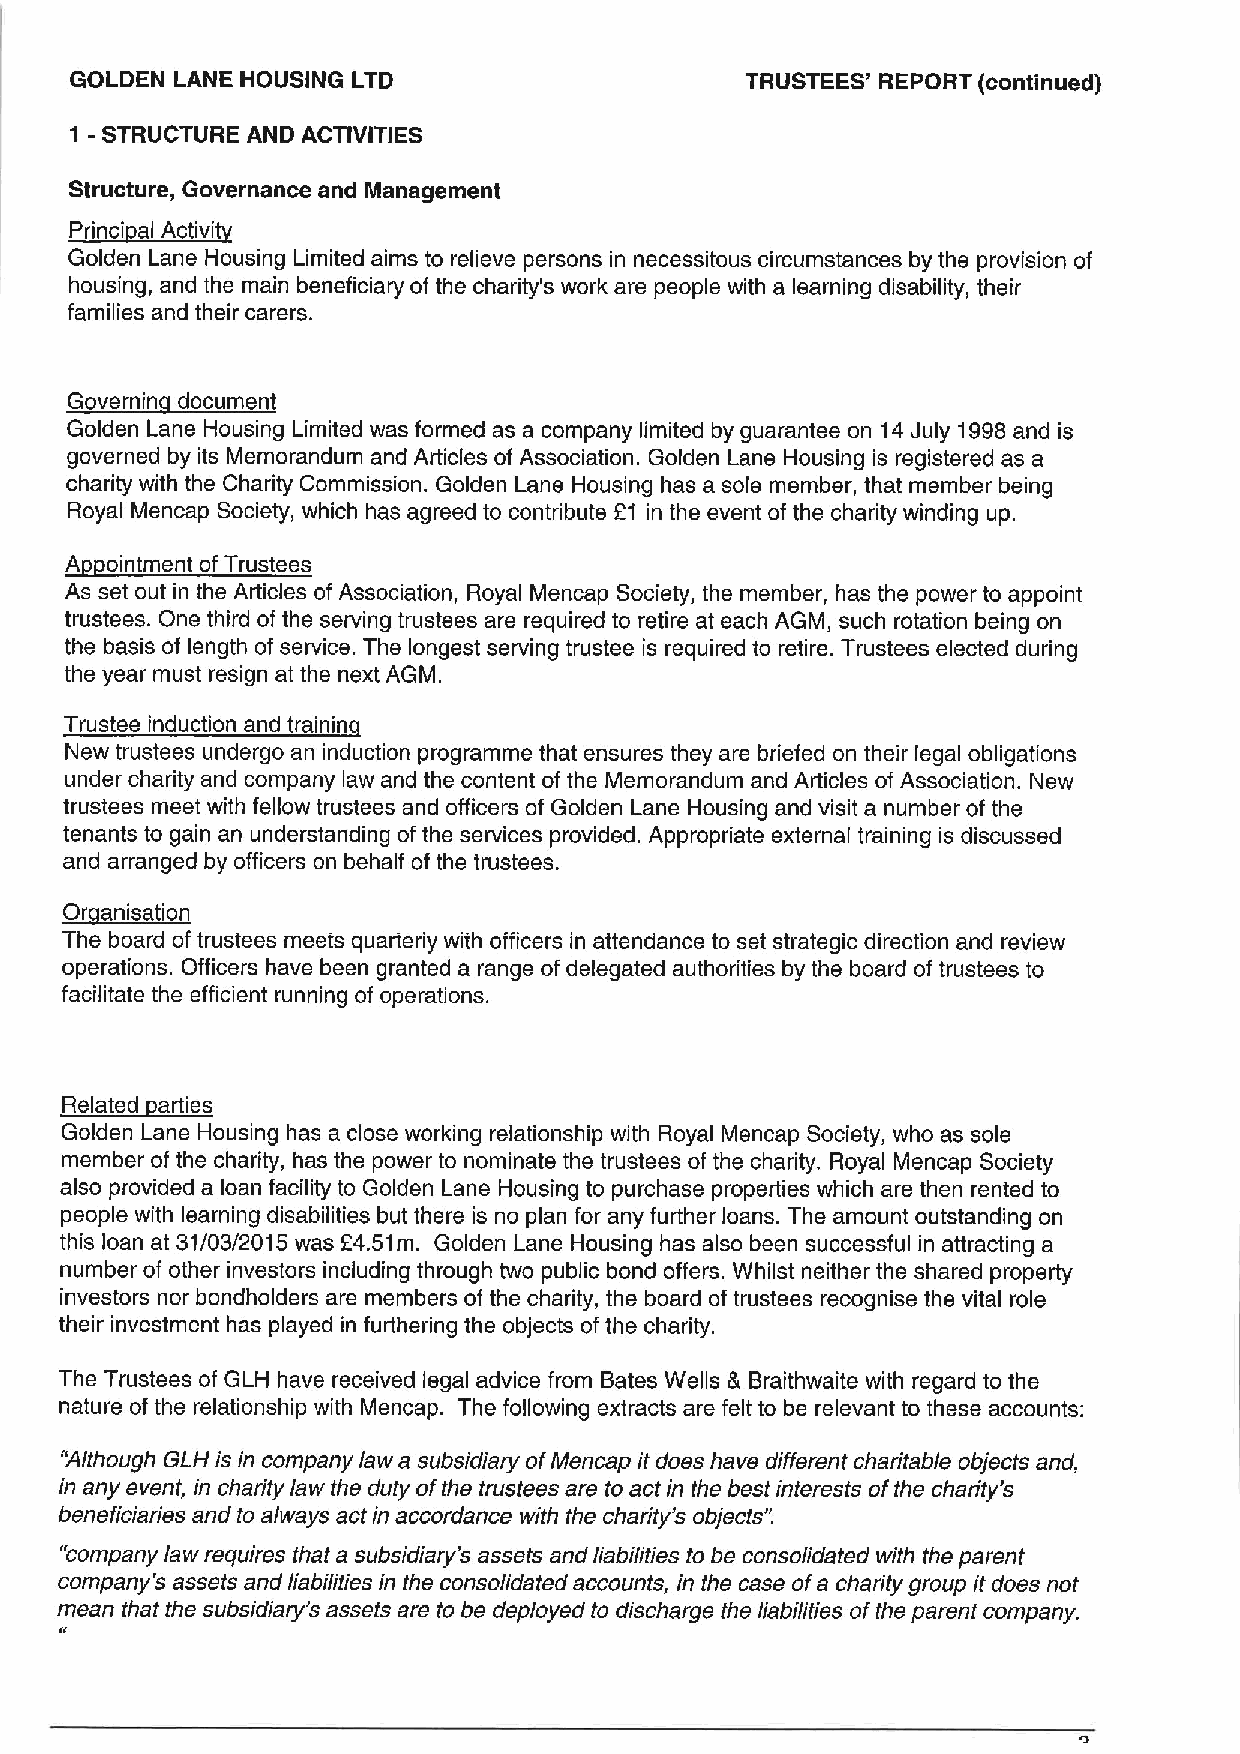
GOLDEN LANE HOUSING LTD                     TRUSTEES' REPORT (continued)
 1 - STRUCTURE AND ACTIVITIES
 Structure, Governance and Management
 ~Pi t I Act t
 Golden Lane Housing Limited aims to relieve persons in necessitous circumstances by the provision of
 housing, and the main beneficiary of the charity's work are people with a learning disability, their
 families and their carers.
 Governin document
 Golden Lane Housing Limited was formed as a company limited by guarantee on 14July 1998and is
 governed by its Memorandum and Articles of Association. Golden Lane Housing is registered as a
 charity with the Charity Commission. Golden Lane Housing has a sole member, that member being
 Royal Mencap Society, which has agreed to contribute f1 in the event of the charity winding up.
 A  ointment of Trustees
 As set out in the Articles ofAssociation, Royal Mencap Society, the member, has the power to appoint
 trustees. One third of the serving trustees are required to retire at each AGM, such rotation being on
 the basis of length of service. The longest serving trustee is required to retire. Trustees elected during
 the year must resign at the next AGM.
 Trustee induction and trainin
 New trustees undergo an induction programme that ensures they are briefed on their legal obligations
 under charity and company law and the content of the Memorandum and Articles of Association. New
 trustees meet with fellow trustees and officers of Golden Lane Housing and visit a number of the
 tenants to gain an understanding of the services provided. Appropriate external training is discussed
 and arranged by officers on behalf of the trustees.
 ~tP i tt
 The board of trustees meets quarteriy with officers in attendance to set strategic direction and review
 operations. Officers have been granted a range of delegated authorities by the board of trustees to
 facilitate the efficient running of operations.
 td
 ~Rt
 Golden Lane Housing has a close working relationship with Royal Mencap Society, who as sole
 member of the charity, has the power to nominate the trustees of the charity. Royal Mencap Society
 also provided a loan facility to Golden Lane Housing to purchase properties which are then rented to
 people with learning disabilities but there is no plan for any further loans. The amount outstanding on
 this loan at 31/03/2015 was f4.51m. Golden Lane Housing has also been successful in attracting a
 number of other investors including through two public bond offers. Whilst neither the shared property
 investors nor bondholders are members of the charity, the board of trustees recognise the vital role
 their investment has played in furthering the objects ofthe charity.
 The Trustees of GLH have received legal advice from Bates Wells & Braithwaite with regard to the
 nature of the relationship with Mencap. The following extracts are felt to be relevant to these accounts:
 "Although GLH isin company law a subsidiary ofMencap it does have different charitable objects and,
 in any event, in charity law the duty ofthe trustees are to actin the bestinterests ofthe charity's
 beneficiaries and to always actin accordance with the charity's objects".
 "company law requires that a subsidiary's assets and liabilities to be consolidated with the parent
 company's assets and liabilities in the consolidated accounts, in the case ofa charity group it does not
 mean that the subsidiary's assets are to be deployed to discharge the liabilities ofthe parent company.